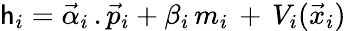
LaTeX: \mathsf{h}_{i}=\vec{{\alpha}}_{i}\, .\vec{{p}}_{i}+\beta_{i}\, m_{i}\, +\, V_{i}(\vec{{x}}_{i})